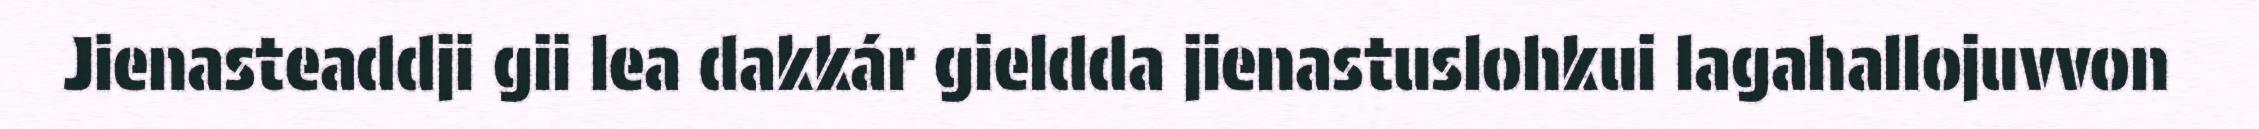
Jienasteaddji gii lea dakkár gieldda jienastuslohkui lagahallojuvvon